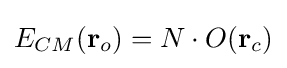
E_{CM}(\mathbf {r} _{o})=N\cdot O(\mathbf {r} _{c})